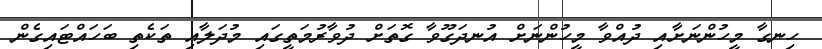
ހިނގާ މީހުންނަށާއި ދުއްވާ މީހުންނަށް އުނދަގޫވާ ގޮތަށް ދުވާރުމަތީގައި މުދަލާއި ތަކެތި ބަހައްޓައިގެން